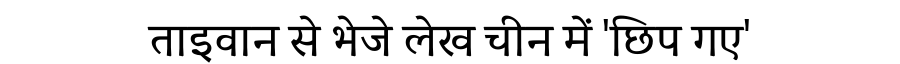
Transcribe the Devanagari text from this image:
ताइवान से भेजे लेख चीन में 'छिप गए'